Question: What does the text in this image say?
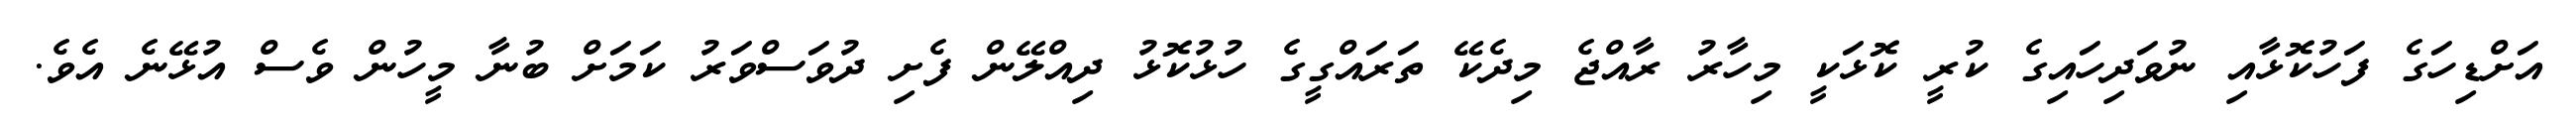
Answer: އަށްޑިހަގެ ފަހުކޮޅާއި ނުވަދިހައިގެ ކުރީ ކޮޅަކީ މިހާރު ރާއްޖެ މިދެކޭ ތަރައްގީގެ ހުޅުކޮޅު ދިއްލޭން ފެށި ދުވަސްވަރު ކަމަށް ބުނާ މީހުން ވެސް އުޅޭނެ އެވެ.